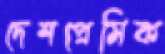
দেশপ্রেমিক